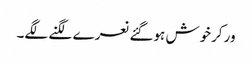
ورکرخوش ہوگئے نعرے لگنے لگے۔